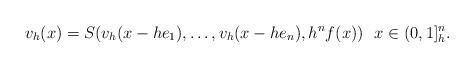
LaTeX: \begin{align*}v_h(x) = S(v_h(x-he_1),\dots,v_h(x-he_n),h^nf(x)) \ \ x \in (0,1]^n_h.\end{align*}